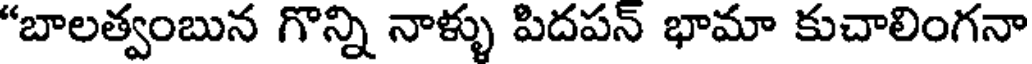
"బాలత్వంబున గొన్ని నాళ్ళు పిదపన్ భామా కుచాలింగనా